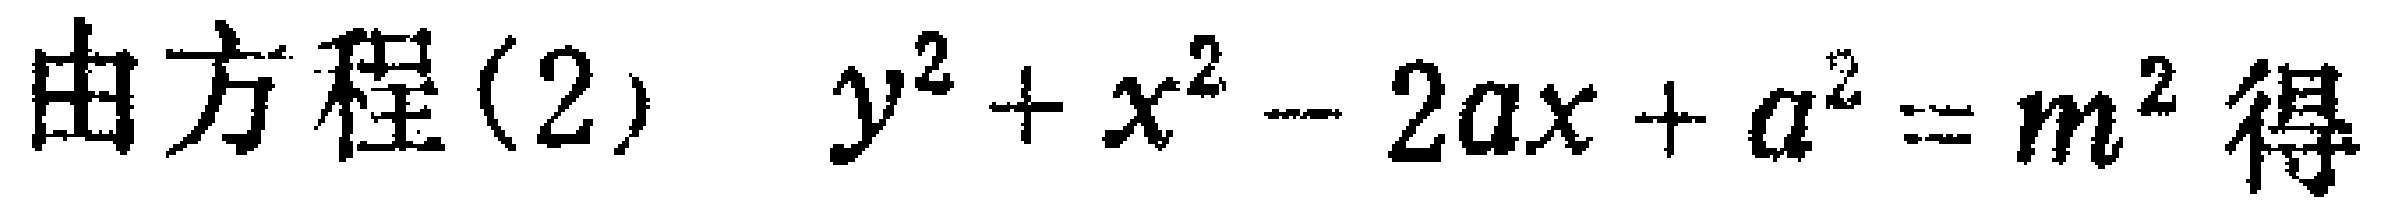
由方程(2) \(y^{2}+x^{2}-2ax + a^{2}=m^{2}\) 得